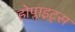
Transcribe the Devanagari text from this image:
होप्लाइट्स